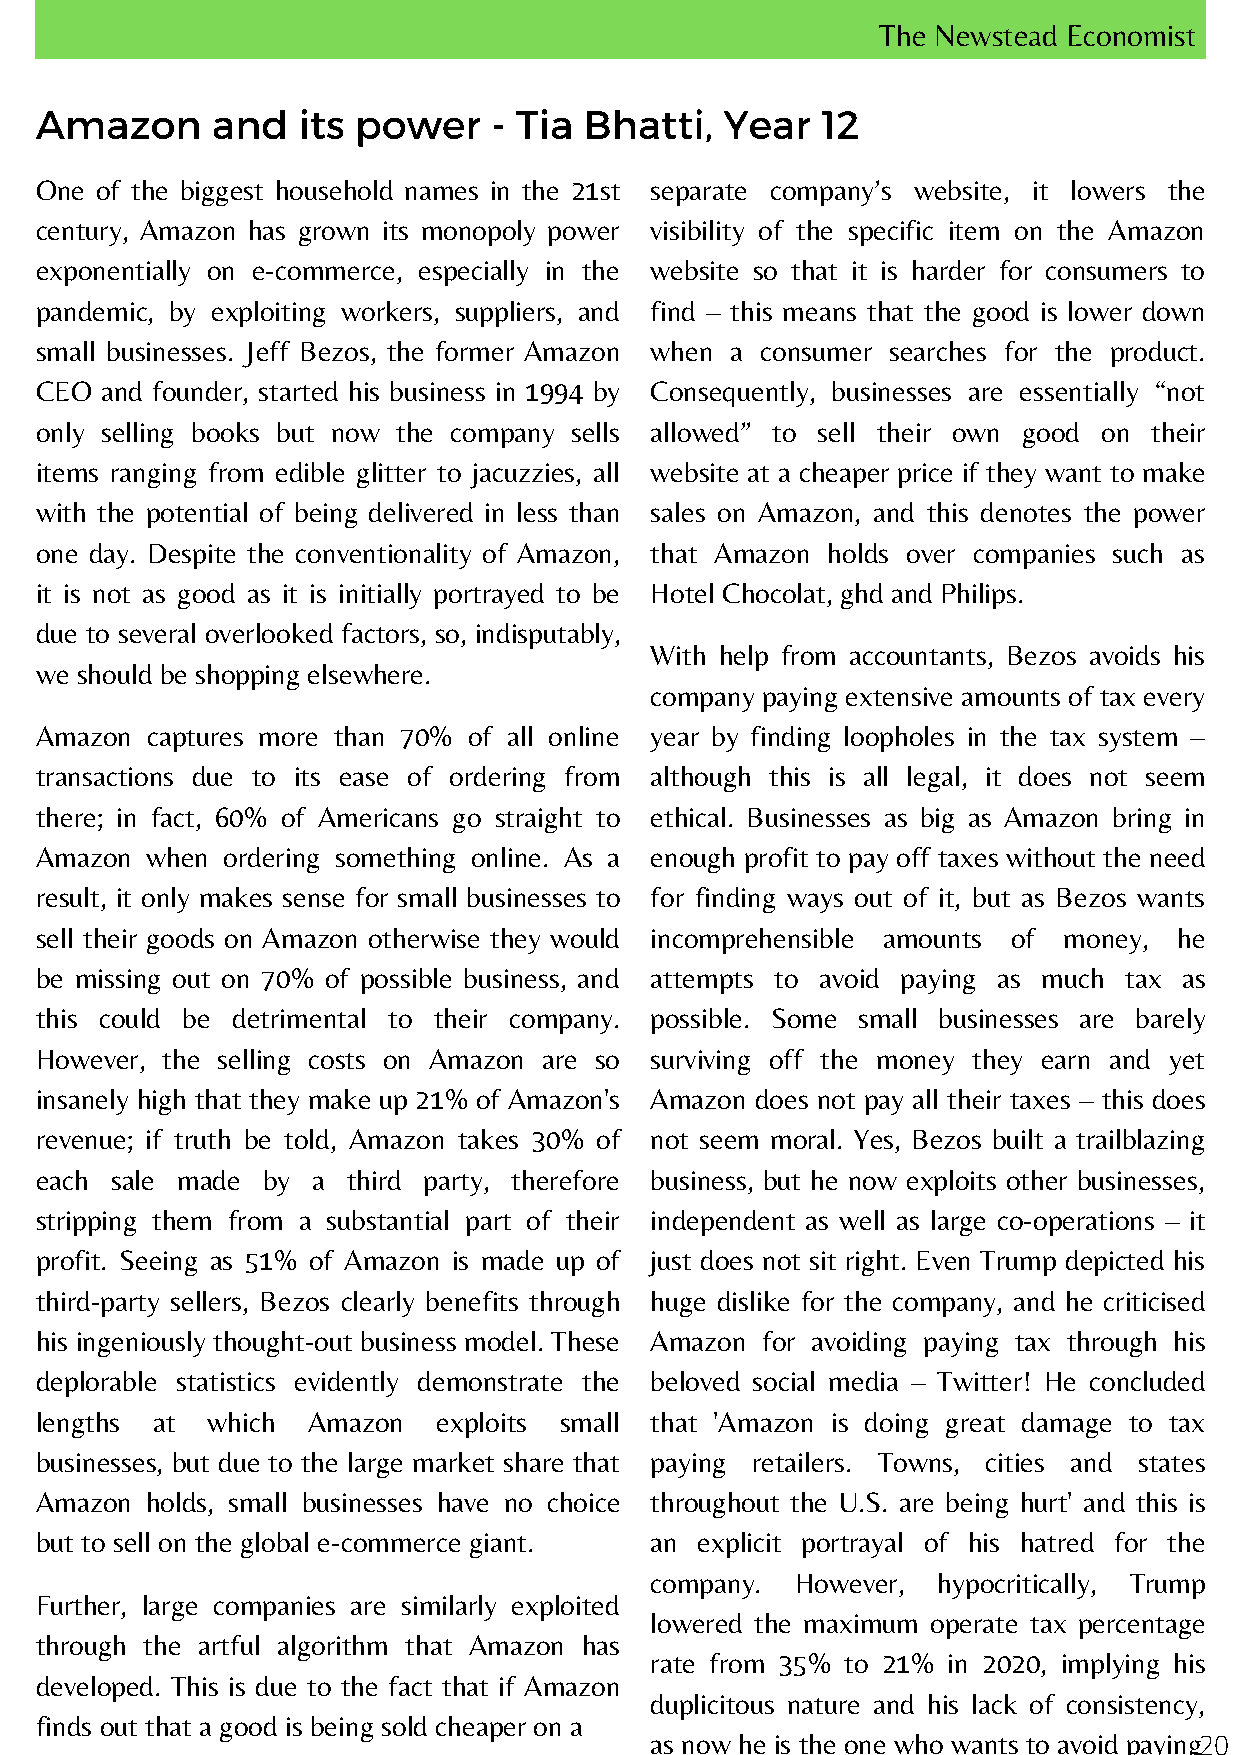
The Newstead Economist
 Amazon      and   its power    - Tia Bhatti,  Year  12
 One of the biggest household names in the 21st separate company’s website, it lowers the
 century, Amazon has grown its monopoly power visibility of the specific item on the Amazon
 exponentially on e-commerce, especially in the website so that it is harder for consumers to
 pandemic, by exploiting workers, suppliers, and find – this means that the good is lower down
 small businesses. Jeff Bezos, the former Amazon when a consumer searches for the product.
 CEO  and founder, started his business in 1994 by Consequently, businesses are essentially “not
 only selling books but now the company sells allowed” to sell their own good on their
 items ranging from edible glitter to jacuzzies, all website at a cheaper price if they want to make
 with the potential of being delivered in less than sales on Amazon, and this denotes the power
 one day. Despite the conventionality of Amazon, that Amazon holds over companies such as
 it is not as good as it is initially portrayed to be Hotel Chocolat, ghd and Philips.
 due to several overlooked factors, so, indisputably,
 With help from accountants, Bezos avoids his
 we should be shopping elsewhere.
 company paying extensive amounts of tax every
 Amazon  captures more than 70% of all online year by finding loopholes in the tax system –
 transactions due to its ease of ordering from although this is all legal, it does not seem
 there; in fact, 60% of Americans go straight to ethical. Businesses as big as Amazon bring in
 Amazon  when ordering something online. As a enough profit to pay off taxes without the need
 result, it only makes sense for small businesses to for finding ways out of it, but as Bezos wants
 sell their goods on Amazon otherwise they would incomprehensible amounts of money, he
 be missing out on 70% of possible business, and attempts to avoid paying as much tax as
 this could be detrimental to their company. possible. Some small businesses are barely
 However, the selling costs on Amazon are so surviving off the money they earn and yet
 insanely high that they make up 21% of Amazon's Amazon does not pay all their taxes – this does
 revenue; if truth be told, Amazon takes 30% of not seem moral. Yes, Bezos built a trailblazing
 each sale made by  a third party, therefore business, but he now exploits other businesses,
 stripping them from a substantial part of their independent as well as large co-operations – it
 profit. Seeing as 51% of Amazon is made up of just does not sit right. Even Trump depicted his
 third-party sellers, Bezos clearly benefits through huge dislike for the company, and he criticised
 his ingeniously thought-out business model. These Amazon for avoiding paying tax through his
 deplorable statistics evidently demonstrate the beloved social media – Twitter! He concluded
 lengths at  which Amazon   exploits small that 'Amazon is doing great damage to tax
 businesses, but due to the large market share that paying retailers. Towns, cities and states
 Amazon  holds, small businesses have no choice throughout the U.S. are being hurt' and this is
 but to sell on the global e-commerce giant. an explicit portrayal of his hatred for the
 company.  However, hypocritically, Trump
 Further, large companies are similarly exploited
 lowered the maximum operate tax percentage
 through the artful algorithm that Amazon has
 rate from 35% to 21% in 2020, implying his
 developed. This is due to the fact that if Amazon
 duplicitous nature and his lack of consistency,
 finds out that a good is being sold cheaper on a
 as now he is the one who wants to avoid paying2 0